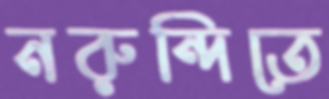
নরুন্দিতে